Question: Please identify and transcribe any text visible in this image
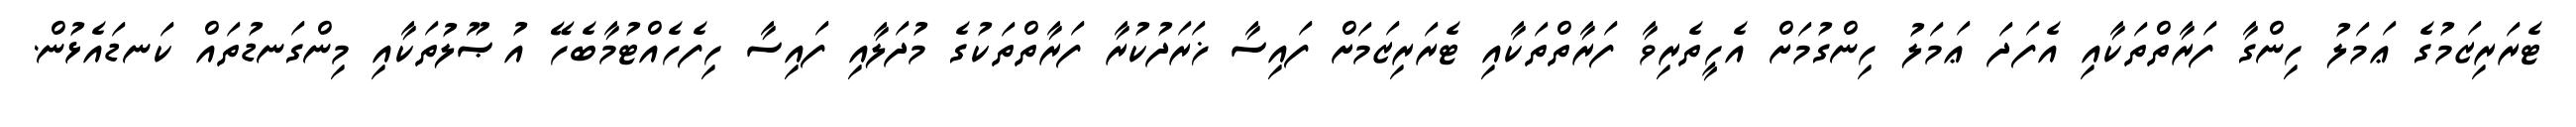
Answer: ޓެރަރިޒަމުގެ ޢަމަލު ހިންގާ ފަރާތްތަކާއި އެފަދަ ޢަމަލު ހިންގުމަށް އެހީތެރިވާ ފަރާތްތަކާއި ޓެރަރިޒަމަށް ފައިސާ ޚަރަދުކުރާ ފަރާތްތަކުގެ މުދަލާއި ފައިސާ ހިފެހެއްޓުމާބެހޭ އުޞޫލުތަކާއި މިންގަނޑުތައް ކަނޑައެޅުން.